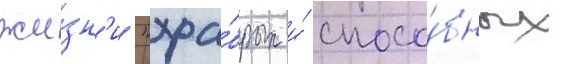
жи́зн'и "хра́брых и́ спосо́бных